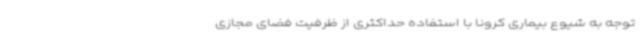
توجه به شیوع بیماری کرونا با استفاده حداکثری از ظرفیت فضای مجازی